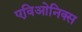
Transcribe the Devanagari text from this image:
एविओनिक्स